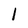
Character: 1